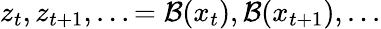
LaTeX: z_{t},z_{t+1},...=\mathcal{B}(x_{t}),\mathcal{B}(x_{t+1}),...